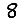
Digit: 8